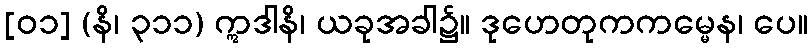
[၀၁] (နိ၊ ၃၁၁) ဣဒါနိ၊ ယခုအခါ၌။ ဒုဟေတုကကမ္မေန၊ ပေ။